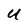
Character: U